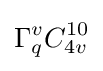
\Gamma _{q}^{v}C_{4v}^{10}